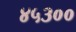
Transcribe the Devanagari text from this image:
४५३००